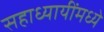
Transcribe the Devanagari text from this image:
सहाध्यायींमध्ये